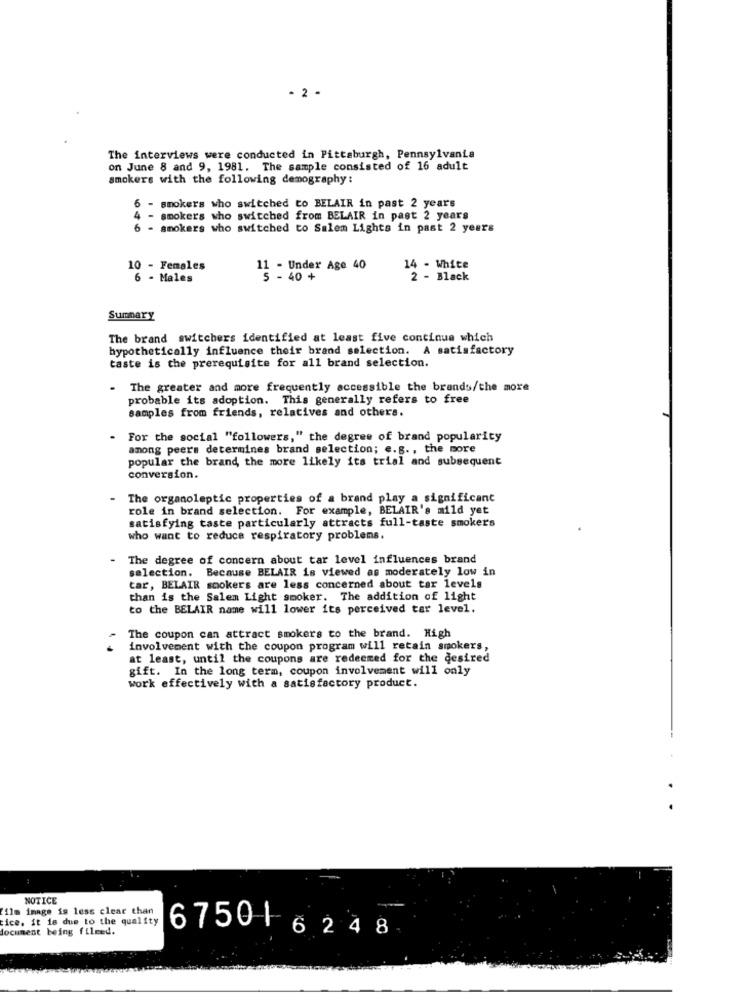
- 2 -
The interviews were conducted in Pittsburgh, Pennsylvania
on June 8 and 9, 1981. The sample consisted of 16 adult
smokers with the following demography :
6 - smokers who switched to BELAIR in past 2 years
smokers who switched from BELAIR in past 2 years
6
- smokers who switched to Salem Lights in past 2 years
10 - Females
11 - Under Age 40
14 - White
6 - Males
5 - 40 +
2 - Black
Summary
The brand switchers identified at least five continue which
hypothetically influence their brand selection. A satisfactory
taste is the prerequisite for all brand selection.
The greater and more frequently accessible the brands/the more
probable its adoption. This generally refers to free
samples from friends, relatives and others.
- For the social "followers," the degree of brand popularity
among peers determines brand selection; e.g ., the more
popular the brand, the more likely its trial and subsequent
conversion.
The organoleptic properties of a brand play a significant
role in brand selection. For example, BELAIR's mild yet
satisfying taste particularly attracts full-taste smokers
who want to reduce respiratory problems.
The degree of concern about tar level influences brand
selection. Because BELAIR is viewed as moderately low in
tar, BELAIR smokers are less concerned about tar levels
than is the Salem Light smoker. The addition of light
to the BELAIR name will lower its perceived tar level.
The coupon can attract smokers to the brand. High
..
involvement with the coupon program will retain smokers,
at least, until the coupons are redeemed for the desired
gift. In the long term, coupon involvement will only
work effectively with a satisfactory product.
NOTICE
film image is less clear than
ice. it is due to the quality
document being fileed.
675016248